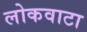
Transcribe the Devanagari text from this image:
लोकवाटा